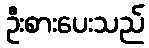
ဦးစားပေးသည်